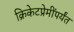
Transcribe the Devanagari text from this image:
क्रिकेटप्रेमींपर्यंत